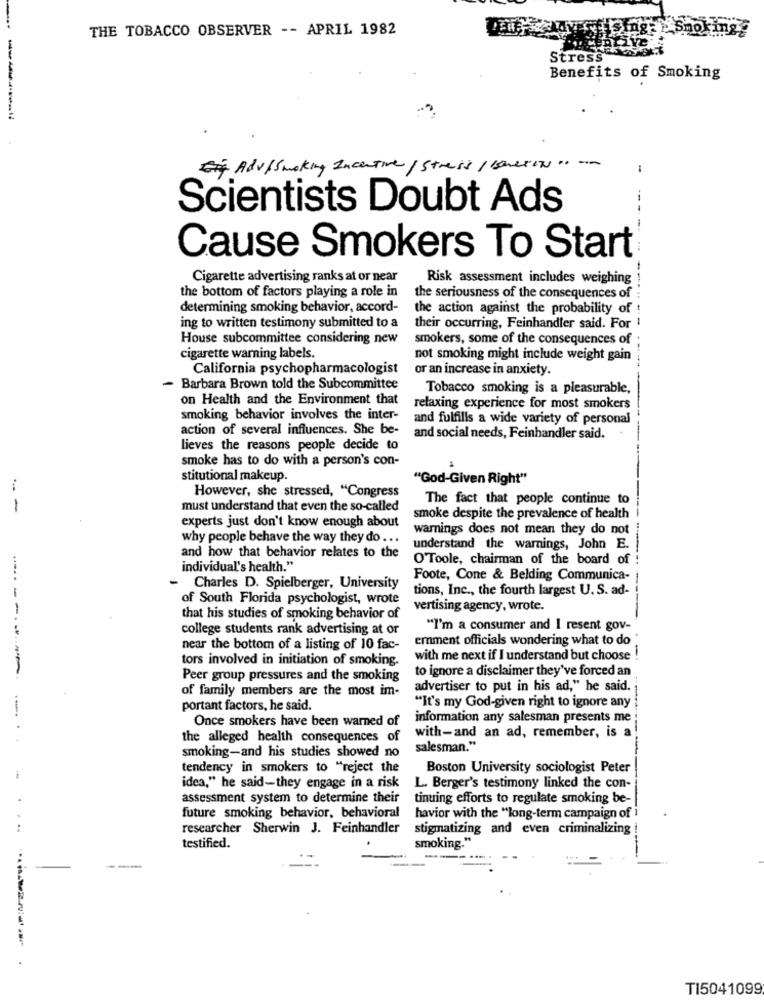
THE TOBACCO OBSERVER -- APRIL 1982
Stress
Benefits of Smoking
Eig Adv/Smoking Incentive/ Stress/ conexion" -
-
Scientists Doubt Ads
Cause Smokers To Start
Cigarette advertising ranks at or near
Risk assessment includes weighing
the bottom of factors playing a role in
the seriousness of the consequences of
determining smoking behavior, accord-
the action against the probability of !
ing to written testimony submitted to a
their occurring, Feinhandler said. For !
House subcommittee considering new
smokers, some of the consequences of
cigarette warning labels.
not smoking might include weight gain
California psychopharmacologist
or an increase in anxiety.
- Barbara Brown told the Subcommittee
Tobacco smoking is a pleasurable,
on Health and the Environment that
relaxing experience for most smokers
smoking behavior involves the inter-
and fulfills a wide variety of personal
action of several influences. She be-
and social needs, Feinhandler said.
lieves the reasons people decide to
smoke has to do with a person's con-
stitutional makeup.
"God-Given Right"
However, she stressed, "Congress
The fact that people continue to
-
must understand that even the so-called
experts just don't know enough about
smoke despite the prevalence of health
warnings does not mean they do not
why people behave the way they do ...
and how that behavior relates to the
understand the warnings, John E.
O Toole, chairman of the board of
--.
individual's health."
Foote, Cone & Belding Communica-
- Charles D. Spielberger, University
tions, Inc ., the fourth largest U.S. ad-
of South Florida psychologist, wrote
vertising agency, wrote.
that his studies of smoking behavior of
college students rank advertising at or
"I'm a consumer and I resent gov-
ernment officials wondering what to do
near the bottom of a listing of 10 fac-
tors involved in initiation of smoking.
with me next if I understand but choose !
to ignore a disclaimer they've forced an
.....----
Peer group pressures and the smoking
of family members are the most im-
advertiser to put in his ad," he said.
portant factors, he said.
"It's my God-given right to ignore any
Once smokers have been warned of
information any salesman presents me
with-and an ad, remember, is a
the alleged health consequences of
salesman."
----
smoking-and his studies showed no
tendency in smokers to "reject the
Boston University sociologist Peter
idea," he said-they engage in a risk
L. Berger's testimony linked the con-
assessment system to determine their
tinuing efforts to regulate smoking be-
future smoking behavior, behavioral
havior with the "long-term campaign of i
researcher Sherwin J. Feinhandler
stigmatizing and even criminalizing
smoking."
testified.
-
TI5041099